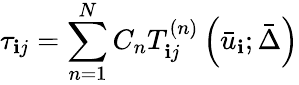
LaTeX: {\tau_{\mathbf{i}j}}=\sum_{n=1}^{N}{{C_{n}}T_{\mathbf{i}j}^{\left(n\right)}\left({{{\bar{{u}}}_{\mathbf{i}}};\bar{{\Delta}}}\right)}